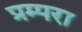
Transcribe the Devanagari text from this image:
प्रम्परा